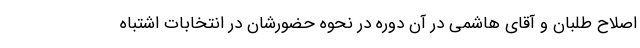
اصلاح طلبان و آقای هاشمی در آن دوره در نحوه حضورشان در انتخابات اشتباه